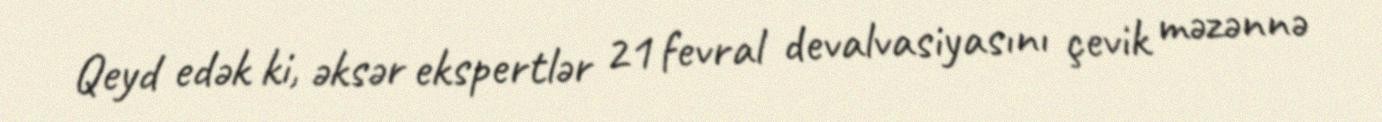
Qeyd edək ki, əksər ekspertlər 21 fevral devalvasiyasını çevik məzənnə